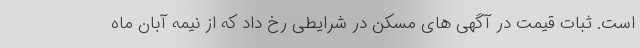
است. ثبات قیمت در آگهی های مسکن در شرایطی رخ داد که از نیمه آبان ماه